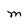
Character: M